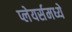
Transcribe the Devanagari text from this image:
प्लेयर्समध्ये